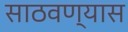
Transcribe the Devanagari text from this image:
साठवण्यास